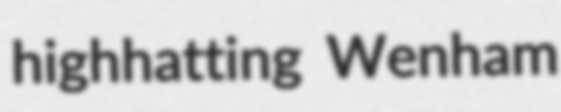
highhatting Wenham